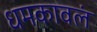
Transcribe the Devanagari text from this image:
धमकावलं